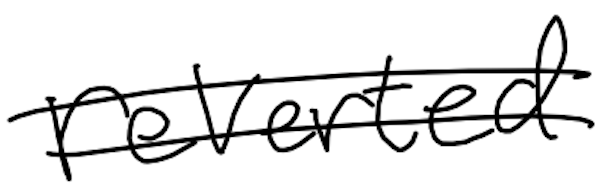
Text: reverted
Cross-out: double-line
Writing tool: digital_black